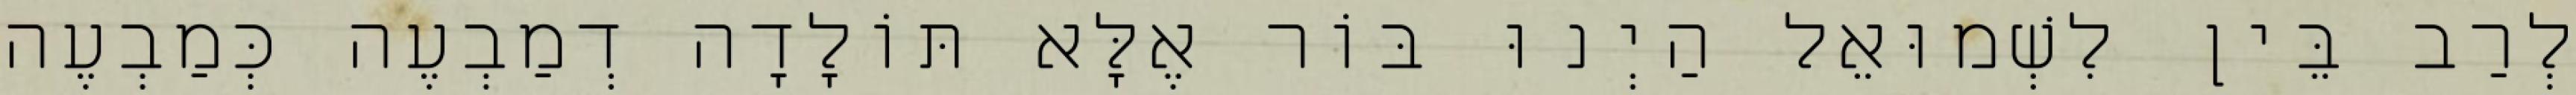
לְרַב בֵּין לִשְׁמוּאֵל הַיְנוּ בּוֹר אֶלָּא תּוֹלָדָה דְמַבְעֶה כְּמַבְעֶה